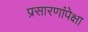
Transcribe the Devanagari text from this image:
प्रसारणांपेक्षा